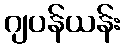
ဂျပန်ယန်း